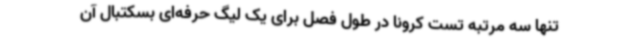
تنها سه مرتبه تست کرونا در طول فصل برای یک لیگ حرفه‌ای بسکتبال آن